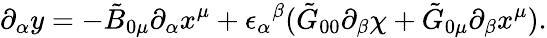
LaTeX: \partial_{\alpha}y=-\tilde{B}_{0\mu}\partial_{\alpha}x^{\mu}+{\epsilon_{\alpha}}^{\beta}(\tilde{G}_{00}\partial_{\beta}\chi+\tilde{G}_{0\mu}\partial_{\beta}x^{\mu}).